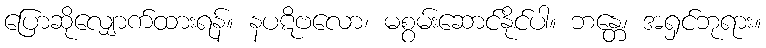
ပြောဆိုလျှောက်ထားရန်။ နပဋိဗလော၊ မစွမ်းဆောင်နိုင်ပါ။ ဘန္တေ၊ အရှင်ဘုရား။